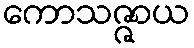
ကောသဇ္ဇာယ